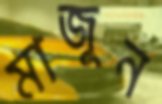
মাজুন